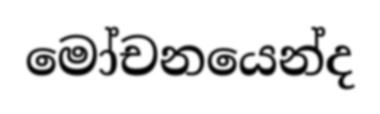
මෝචනයෙන්ද